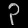
Digit: ၃